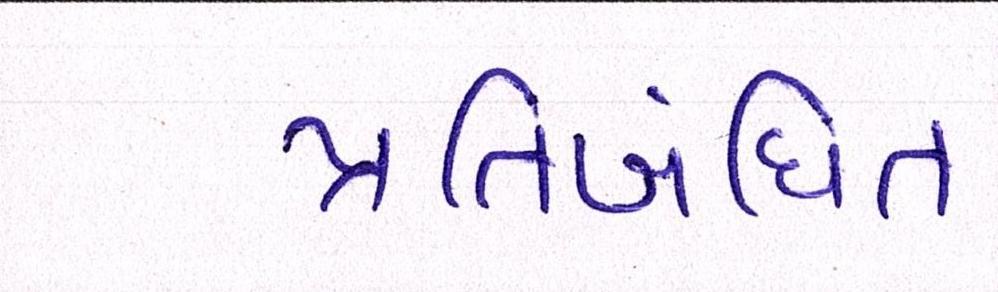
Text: પ્રતિબંધિત